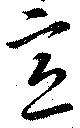
意